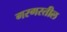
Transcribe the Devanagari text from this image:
गरगरतील